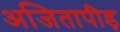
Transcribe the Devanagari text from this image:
अजितापीड़